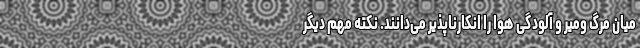
میان مرگ ومیر و آلودگی هوا را ‌انکارناپذیر می‌دانند. نکته مهم دیگر